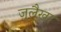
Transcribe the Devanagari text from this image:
ज़ुलैखा